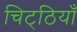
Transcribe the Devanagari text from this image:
चिट्‌ठियाँ